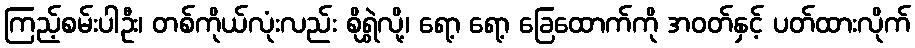
ကြည့်စမ်းပါဦး၊ တစ်ကိုယ်လုံးလည်း စိုရွှဲလို့၊ ရော့ ရော့ ခြေထောက်ကို အဝတ်နှင့် ပတ်ထားလိုက်